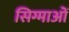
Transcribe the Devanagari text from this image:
सिग्माओं